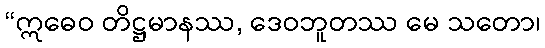
“ဣဓေဝ တိဋ္ဌမာနဿ, ဒေဝဘူတဿ မေ သတော၊